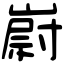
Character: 嶎